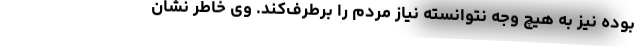
بوده نیز به هیچ وجه نتوانسته نیاز مردم را برطرف‌کند. وی خاطر نشان